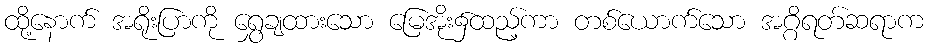
ထို့နောက် အရိုးပြာကို ရွှေချထားသော မြေအိုး၌ထည့်ကာ တစ်ယောက်သော အဂ္ဂိရတ်ဆရာက